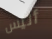
أليس